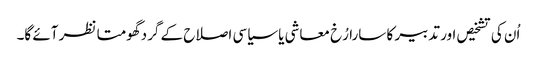
اُن کی تشخیص اور تدبیر کا سارا رُخ معاشی یا سیاسی اصلاح کے گرد گھومتا نظر آئے گا۔